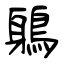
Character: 鵢